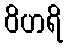
ဝိဟရိ